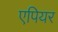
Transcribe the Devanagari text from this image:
एपियर